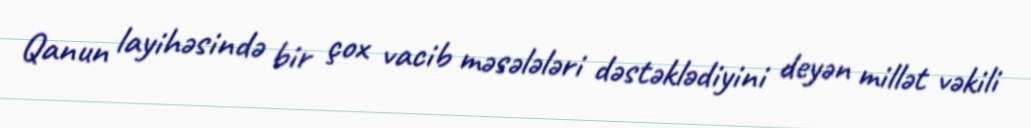
Qanun layihəsində bir çox vacib məsələləri dəstəklədiyini deyən millət vəkili